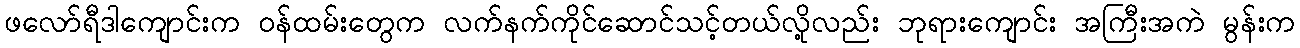
ဖလော်ရီဒါကျောင်းက ဝန်ထမ်းတွေက လက်နက်ကိုင်ဆောင်သင့်တယ်လို့လည်း ဘုရားကျောင်း အကြီးအကဲ မွန်းက